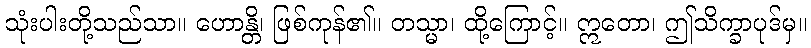
သုံးပါးတို့သည်သာ။ ဟောန္တိ၊ ဖြစ်ကုန်၏။ တသ္မာ၊ ထို့ကြောင့်။ ဣတော၊ ဤသိက္ခာပုဒ်မှ။